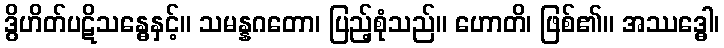
ဒွိဟိတ်ပဋိသန္ဓေနှင့်။ သမန္နဂတော၊ ပြည့်စုံသည်။ ဟောတိ၊ ဖြစ်၏။ အဿဒ္ဓေါ၊